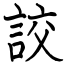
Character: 詨